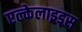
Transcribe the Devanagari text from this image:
एल्केलाइड्स